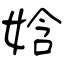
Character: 娢